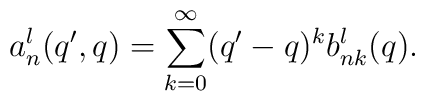
a_n^l(q',q)= \sum_{k=0}^{\infty} (q'-q)^k b_{nk}^l(q).